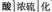
酸浓硫化